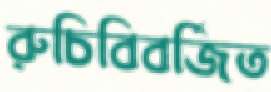
রুচিবিবর্জিত